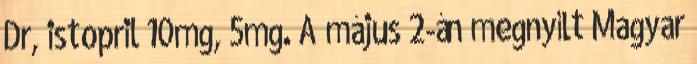
Dr, istopril 10mg, 5mg. A május 2-án megnyílt Magyar